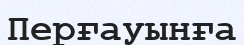
Перғауынға